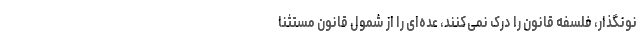
نونگذار، فلسفه قانون را درک نمی‌کنند، عده‌ای را از شمول قانون مستثنا